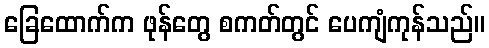
ခြေထောက်က ဖုန်တွေ စကတ်တွင် ပေကျံကုန်သည်။